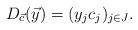
LaTeX: \begin{align*} D_{\vec c}(\vec y) = (y_j c_j)_{j\in J}.\end{align*}